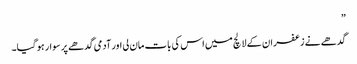
”
گدھے نے زعفران کے لالچ میں اس کی بات مان لی اور آدمی گدھے پر سوار ہو گیا۔